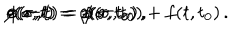
LaTeX: \rho ( \sigma , t ) = \rho ( \sigma , t _ { 0 } ) \, , \hspace { . 3 c m } z ( \sigma , t ) = z ( \sigma , t _ { 0 } ) \, , \hspace { . 3 c m } \phi ( \sigma , t ) = \phi ( \sigma , t _ { 0 } ) + f ( t , t _ { 0 } ) \, .